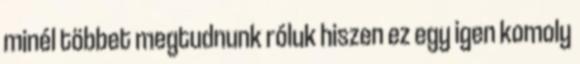
minél többet megtudnunk róluk hiszen ez egy igen komoly